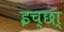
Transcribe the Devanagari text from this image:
इच्छा्